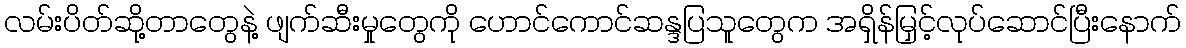
လမ်းပိတ်ဆို့တာတွေနဲ့ ဖျက်ဆီးမှုတွေကို ဟောင်ကောင်ဆန္ဒပြသူတွေက အရှိန်မြှင့်လုပ်ဆောင်ပြီးနောက်